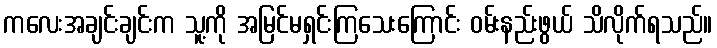
ကလေးအချင်းချင်းက သူ့ကို အမြင်မရှင်းကြသေးကြောင်း ဝမ်းနည်းဖွယ် သိလိုက်ရသည်။